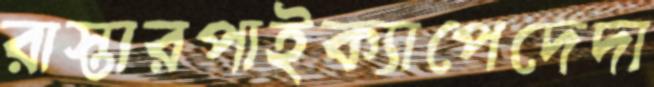
রাস্তারপাইক্যাপেদেদা